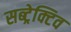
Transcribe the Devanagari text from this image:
सब्ट्रेक्टिव